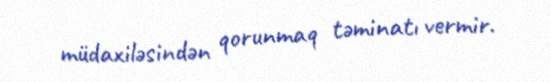
müdaxiləsindən qorunmaq təminatı vermir.